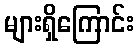
များရှိကြောင်း